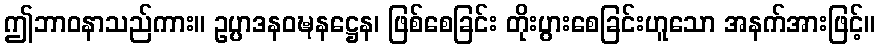
ဤဘာဝနာသည်ကား။ ဥပ္ပာဒနဝဍ္ဎနဋ္ဌေန၊ ဖြစ်စေခြင်း တိုးပွားစေခြင်းဟူသော အနက်အားဖြင့်။